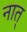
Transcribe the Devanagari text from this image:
नात्